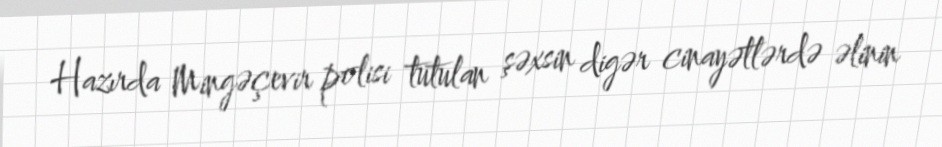
Hazırda Mingəçevir polisi tutulan şəxsin digər cinayətlərdə əlinin